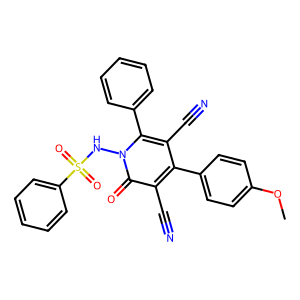
SMILES: COc1ccc(-c2c(C#N)c(-c3ccccc3)n(NS(=O)(=O)c3ccccc3)c(=O)c2C#N)cc1
Inhibits HIV replication: No